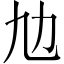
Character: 𠠵